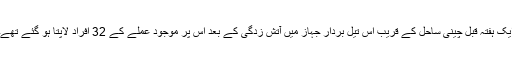
ایک ہفتہ قبل چینی ساحل کے قریب اس تیل بردار جہاز میں آتش زدگی کے بعد اس پر موجود عملے کے 32 افراد لاپتا ہو گئے تھے۔